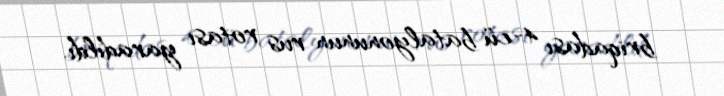
briqadası 4-cü batalyonunun rus rotası yaradıldı.